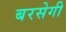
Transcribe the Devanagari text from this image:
बरसेगी